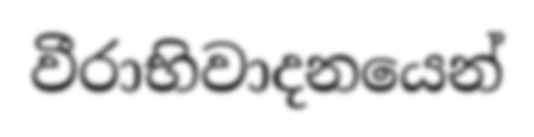
වීරාභිවාදනයෙන්